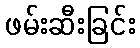
ဖမ်းဆီးခြင်း